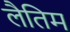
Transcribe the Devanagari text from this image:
लैतिम